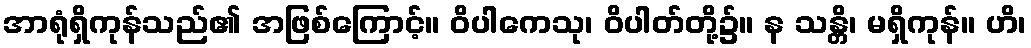
အာရုံရှိကုန်သည်၏ အဖြစ်ကြောင့်။ ဝိပါကေသု၊ ဝိပါတ်တို့၌။ န သန္တိ၊ မရှိကုန်။ ဟိ၊